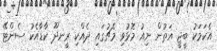
އެކަމަކު ބީޖީ އަތުން ނިއު މޮޅުވި މެޗުގައި ދެއްކި ރީނދޫ ކާޑާއެކު ސެންޓޭ